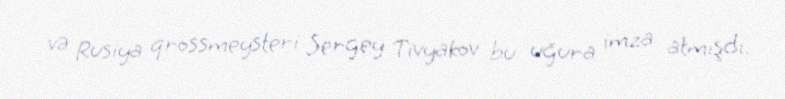
və Rusiya qrossmeysteri Sergey Tivyakov bu uğura imza atmışdı.